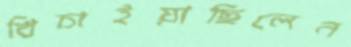
খিচাইয়াছিলেন